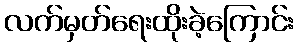
လက်မှတ်ရေးထိုးခဲ့ကြောင်း